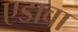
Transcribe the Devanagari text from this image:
एडावा